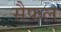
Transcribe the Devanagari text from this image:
सैफ़ल